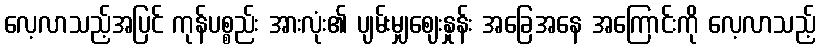
လေ့လာသည့်အပြင် ကုန်ပစ္စည်း အားလုံး၏ ပျမ်းမျှဈေးနှုန်း အခြေအနေ အကြောင်းကို လေ့လာသည့်